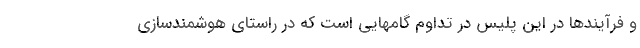
و فرآیندها در این پلیس در تداوم گامهایی است که در راستای هوشمندسازی